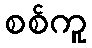
စစ်ကူ